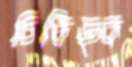
চিকিত্ক